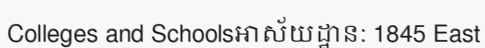
Colleges and Schoolsអាស័យដ្ឋាន: 1845 East